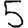
Digit: 5